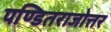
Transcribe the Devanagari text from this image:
पण्डितराजोत्तर